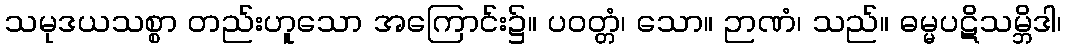
သမုဒယသစ္စာ တည်းဟူသော အကြောင်း၌။ ပဝတ္တံ၊ သော။ ဉာဏံ၊ သည်။ ဓမ္မပဋိသမ္ဘိဒါ၊